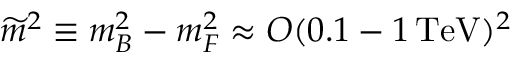
\widetilde m ^ { 2 } \equiv m _ { B } ^ { 2 } - m _ { F } ^ { 2 } \approx { \cal O } ( 0 . 1 - 1 \, \mathrm { T e V } ) ^ { 2 }